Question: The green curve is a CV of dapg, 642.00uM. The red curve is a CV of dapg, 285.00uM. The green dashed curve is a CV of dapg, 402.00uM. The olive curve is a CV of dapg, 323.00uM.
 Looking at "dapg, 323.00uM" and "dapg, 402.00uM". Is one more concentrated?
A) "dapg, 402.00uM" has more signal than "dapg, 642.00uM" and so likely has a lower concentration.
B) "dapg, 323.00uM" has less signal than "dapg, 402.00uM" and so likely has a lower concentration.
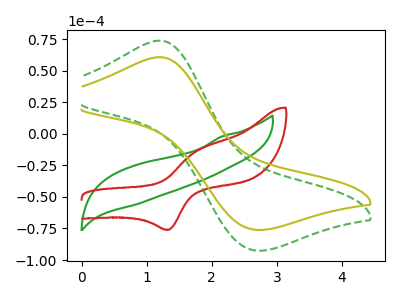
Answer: <think>The green curve "dapg, 642.00uM" has no peaks. The red curve "dapg, 285.00uM" has an anodic peak at (1.75V, -14.45uA) and a cathodic peak at (1.35V, -75.90uA). The green dashed curve "dapg, 402.00uM" has an anodic peak at (1.20V, 73.70uA) and a cathodic peak at (2.70V, -92.50uA). The olive curve "dapg, 323.00uM" has an anodic peak at (1.20V, 60.65uA) and a cathodic peak at (2.70V, -76.10uA).
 All the peaks in "dapg, 323.00uM" have a peak in "dapg, 402.00uM" at the same potential. Every peak in "dapg, 323.00uM" is lower than every peak in "dapg, 402.00uM".</think>
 <answer>B) "dapg, 323.00uM" has less signal than "dapg, 402.00uM" and so likely has a lower concentration.</answer>
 <eval>B</eval>